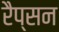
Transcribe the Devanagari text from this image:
रैप्सन